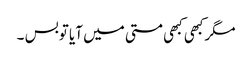
مگرکبھی کبھی مستی میں آیا توبس ۔